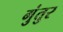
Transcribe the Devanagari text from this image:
गुंतुर